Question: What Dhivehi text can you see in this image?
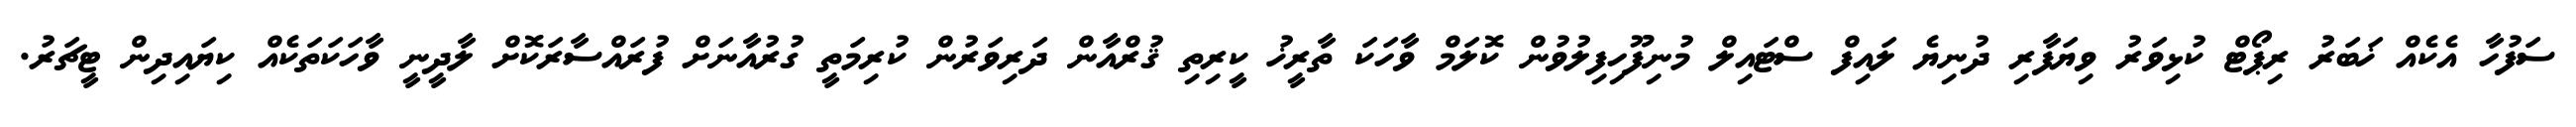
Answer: ސަފުހާ އެކެއް ޚަބަރު ރިޕޯޓް ކުޅިވަރު ވިޔަފާރި ދުނިޔެ ލައިފް ސްޓައިލް މުނިފޫހިފިލުވުން ކޮލަމް ވާހަކަ ތާރީޚު ކީރިތި ޤުރްއާން ދަރިވަރުން ކުރިމަތީ ގުރުއާނަށް ފުރައްސާރަކޮށް ލާދީނީ ވާހަކަތަކެއް ކިޔައިދިން ޓީޗަރު.